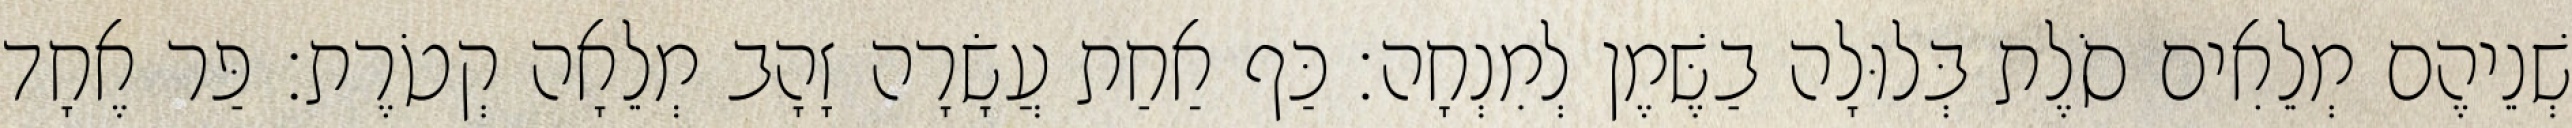
שְׁנֵיהֶם מְלֵאִים סֹלֶת בְּלוּלָה בַשֶּׁמֶן לְמִנְחָה׃ כַּף אַחַת עֲשָׂרָה זָהָב מְלֵאָה קְטֹרֶת׃ פַּר אֶחָד